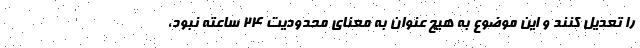
را تعدیل کنند و این موضوع به هیچ عنوان به معنای محدودیت ۲۴ ساعته نبود،